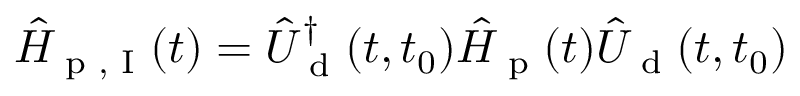
\hat { H } _ { \textrm { p , I } } ( t ) = \hat { U } _ { \textrm { d } } ^ { \dagger } ( t , t _ { 0 } ) \hat { H } _ { \textrm { p } } ( t ) \hat { U } _ { \textrm { d } } ( t , t _ { 0 } )